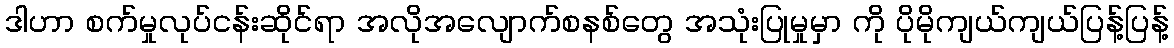
ဒါဟာ စက်မှုလုပ်ငန်းဆိုင်ရာ အလိုအလျောက်စနစ်တွေ အသုံးပြုမှုမှာ ကို ပိုမိုကျယ်ကျယ်ပြန့်ပြန့်